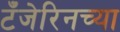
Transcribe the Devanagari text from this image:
टँजेरिनच्या